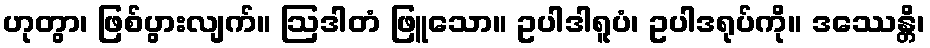
ဟုတွာ၊ ဖြစ်ပွားလျက်။ ဩဒါတံ ဖြူသော။ ဥပါဒါရူပံ၊ ဥပါဒရုပ်ကို။ ဒဿေန္တိ၊